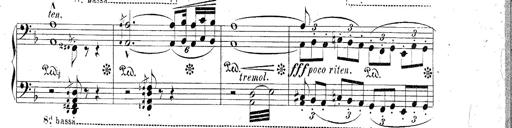
Title: Hungarian Rhapsody No.2
Composer: Franz Liszt
Key: C-sharp minor